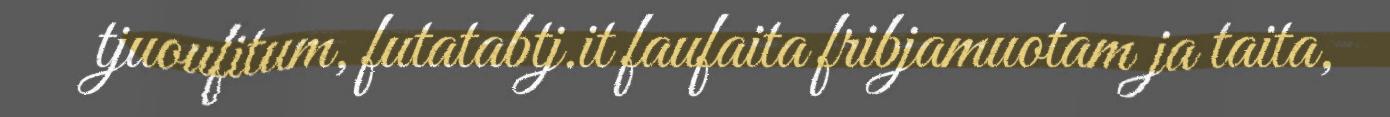
tjuoufitum, futatabtj.it faufaita fribjamuotam ja taita,